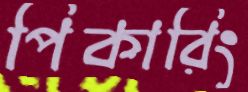
পিকারিং